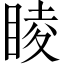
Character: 睖